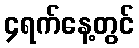
၄ရက်နေ့တွင်